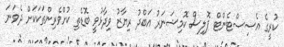
ކުރީގެ އެސިސްޓެންޓް ޕޮލިސް ކޮމިޝަނަރު އަބްދު ރިޔާޒު ވިދާޅުވީ ބޮޑެތި ކުށްވެރިންތަކަކަށް ދެވަނަ